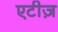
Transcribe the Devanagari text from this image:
एटीज़